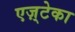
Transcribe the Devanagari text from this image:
एज़्टेका